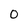
Character: 0